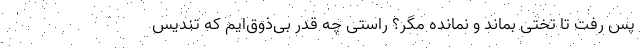
پس رفت تا تختی بماند و نمانده مگر؟ راستی چه قدر بی‌ذوق‌ایم که تندیس